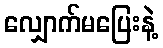
လျှောက်မပြေးနဲ့